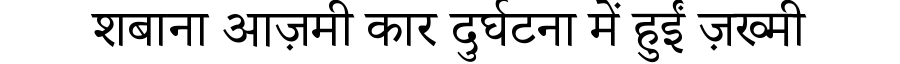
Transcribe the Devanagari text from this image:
शबाना आज़मी कार दुर्घटना में हुईं ज़ख्मी